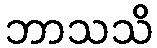
ဘာသသိ